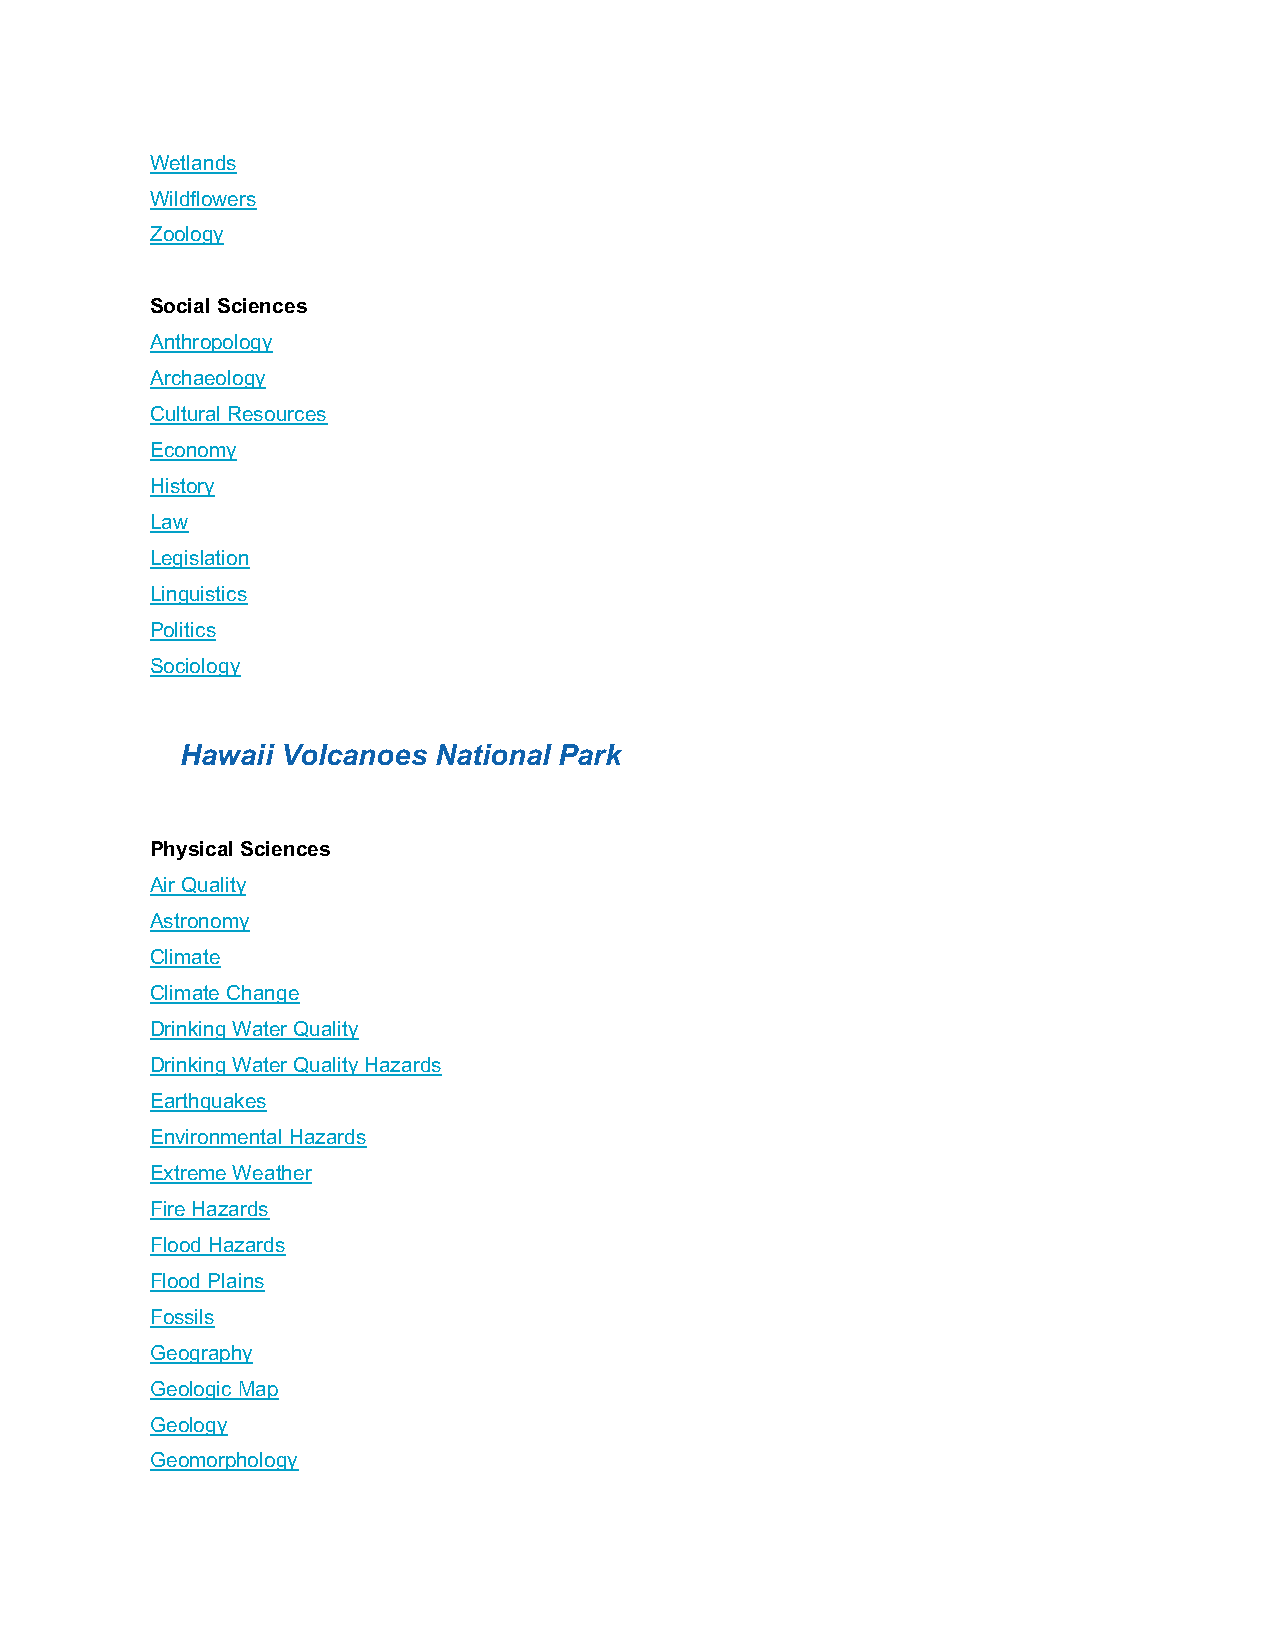
Wetlands
 Wildflowers
 Zoology
 Social Sciences
 Anthropology
 Archaeology
 Cultural Resources
 Economy
 History
 Law
 Legislation
 Linguistics
 Politics
 Sociology
 Hawaii Volcanoes National Park
 Physical Sciences
 Air Quality
 Astronomy
 Climate
 Climate Change
 Drinking Water Quality
 Drinking Water Quality Hazards
 Earthquakes
 Environmental Hazards
 Extreme Weather
 Fire Hazards
 Flood Hazards
 Flood Plains
 Fossils
 Geography
 Geologic Map
 Geology
 Geomorphology